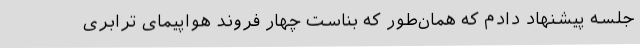
جلسه پیشنهاد دادم که همان‌طور که بناست چهار فروند هواپیمای ترابری